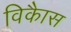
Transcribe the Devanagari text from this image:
विकाैस